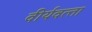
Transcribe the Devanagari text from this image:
वीर्यवत्‍ता